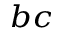
_ { b c }